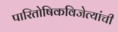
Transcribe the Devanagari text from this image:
पारितोषिकविजेत्यांची